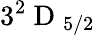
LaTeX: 3^{2}\mathrm{~D~}_{5/2}